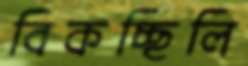
বিকচ্ছিলি